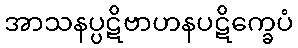
အာသနပ္ပဋိဗာဟနပဋိက္ခေပံ